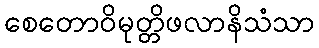
စေတောဝိမုတ္တိဖလာနိသံသာ